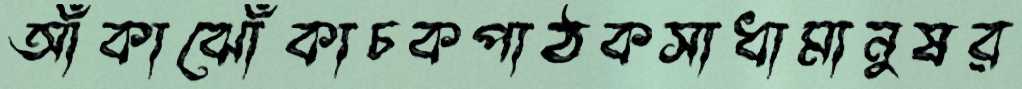
আঁকাঝোঁকাচকপাঠকসাধামানুষর